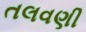
તલવણી